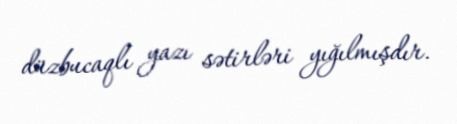
düzbucaqlı yazı sətirləri yığılmışdır.